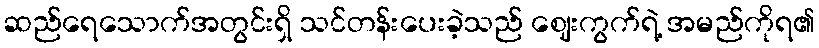
ဆည်ရေသောက်အတွင်းရှိ သင်တန်းပေးခဲ့သည် ဈေးကွက်ရဲ့ အမည်ကိုရ၏